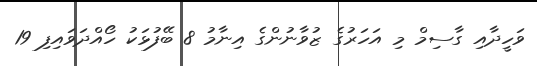
ވަހީދާއި ގާސިމް މި އަހަރުގެ ޒުވާނުންގެ އިނާމު 8 ބޭފުޅަކު ހޯއްދަވައިފި 19